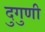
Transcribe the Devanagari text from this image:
दुगुणी